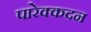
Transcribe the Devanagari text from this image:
पारेक्कदन